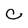
Character: c